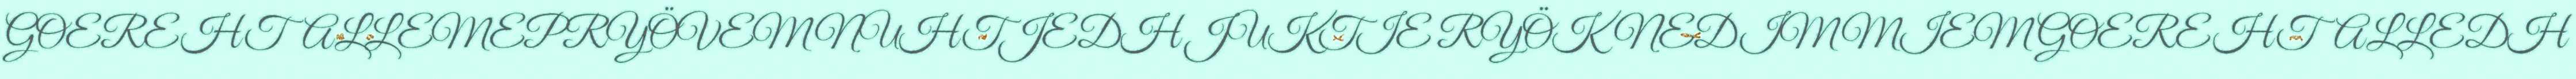
GOEREHTALLEMEPRYÖVEM NUHTJEDH JUKTIE RYÖKNEDIMMIEM GOEREHTALLEDH